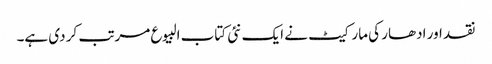
نقد اور ادھار کی مارکیٹ نے ایک نئی کتاب البیوع مرتب کر دی ہے۔